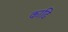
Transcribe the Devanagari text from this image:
काढि